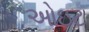
ઓઇટ